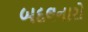
બદલનારો